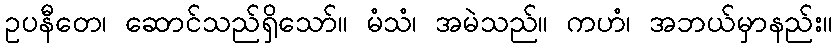
ဥပနီတေ၊ ဆောင်သည်ရှိသော်။ မံသံ၊ အမဲသည်။ ကဟံ၊ အဘယ်မှာနည်း။